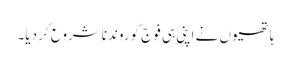
ہاتھیوں نے اپنی ہی فوج کوروندناشروع کر دیا۔